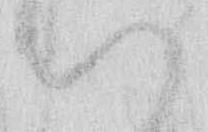
い